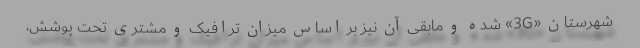
شهرستان «3G» شده و مابقی آن نیز بر اساس میزان ترافیک و مشتری تحت پوشش،